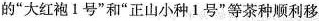
的”大红袍1号”和”正山小种1号”等茶种顺利移